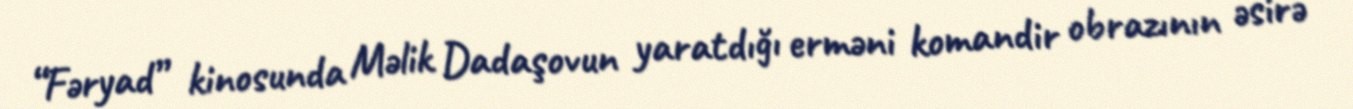
“Fəryad” kinosunda Məlik Dadaşovun yaratdığı erməni komandir obrazının əsirə